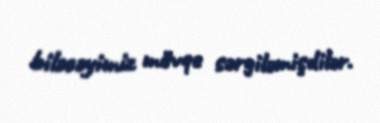
biləcəyimiz mövqe sərgiləmişdilər.